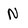
Character: N